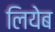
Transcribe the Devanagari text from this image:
लियेब